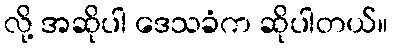
လို့ အဆိုပါ ဒေသခံက ဆိုပါတယ်။